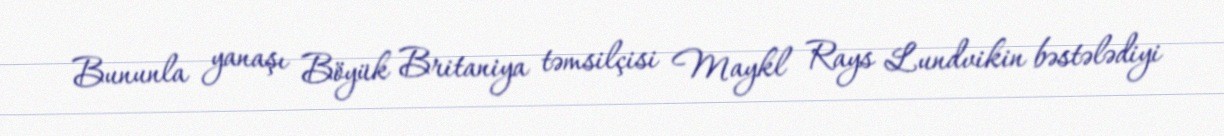
Bununla yanaşı Böyük Britaniya təmsilçisi Maykl Rays Lundvikin bəstələdiyi